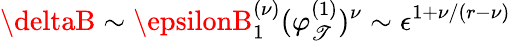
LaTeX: \deltaB\sim\epsilonB_{1}^{(\nu)}(\varphi_{\mathscr{T}}^{(1)})^{\nu}\sim\epsilon^{1+\nu/(r-\nu)}